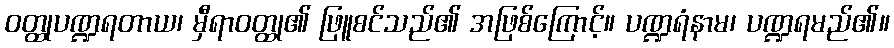
ဝတ္ထုပဏ္ဍရတာယ၊ မှီရာဝတ္ထု၏ ဖြူစင်သည်၏ အဖြစ်ကြောင့်။ ပဏ္ဍရံနာမ၊ ပဏ္ဍရမည်၏။